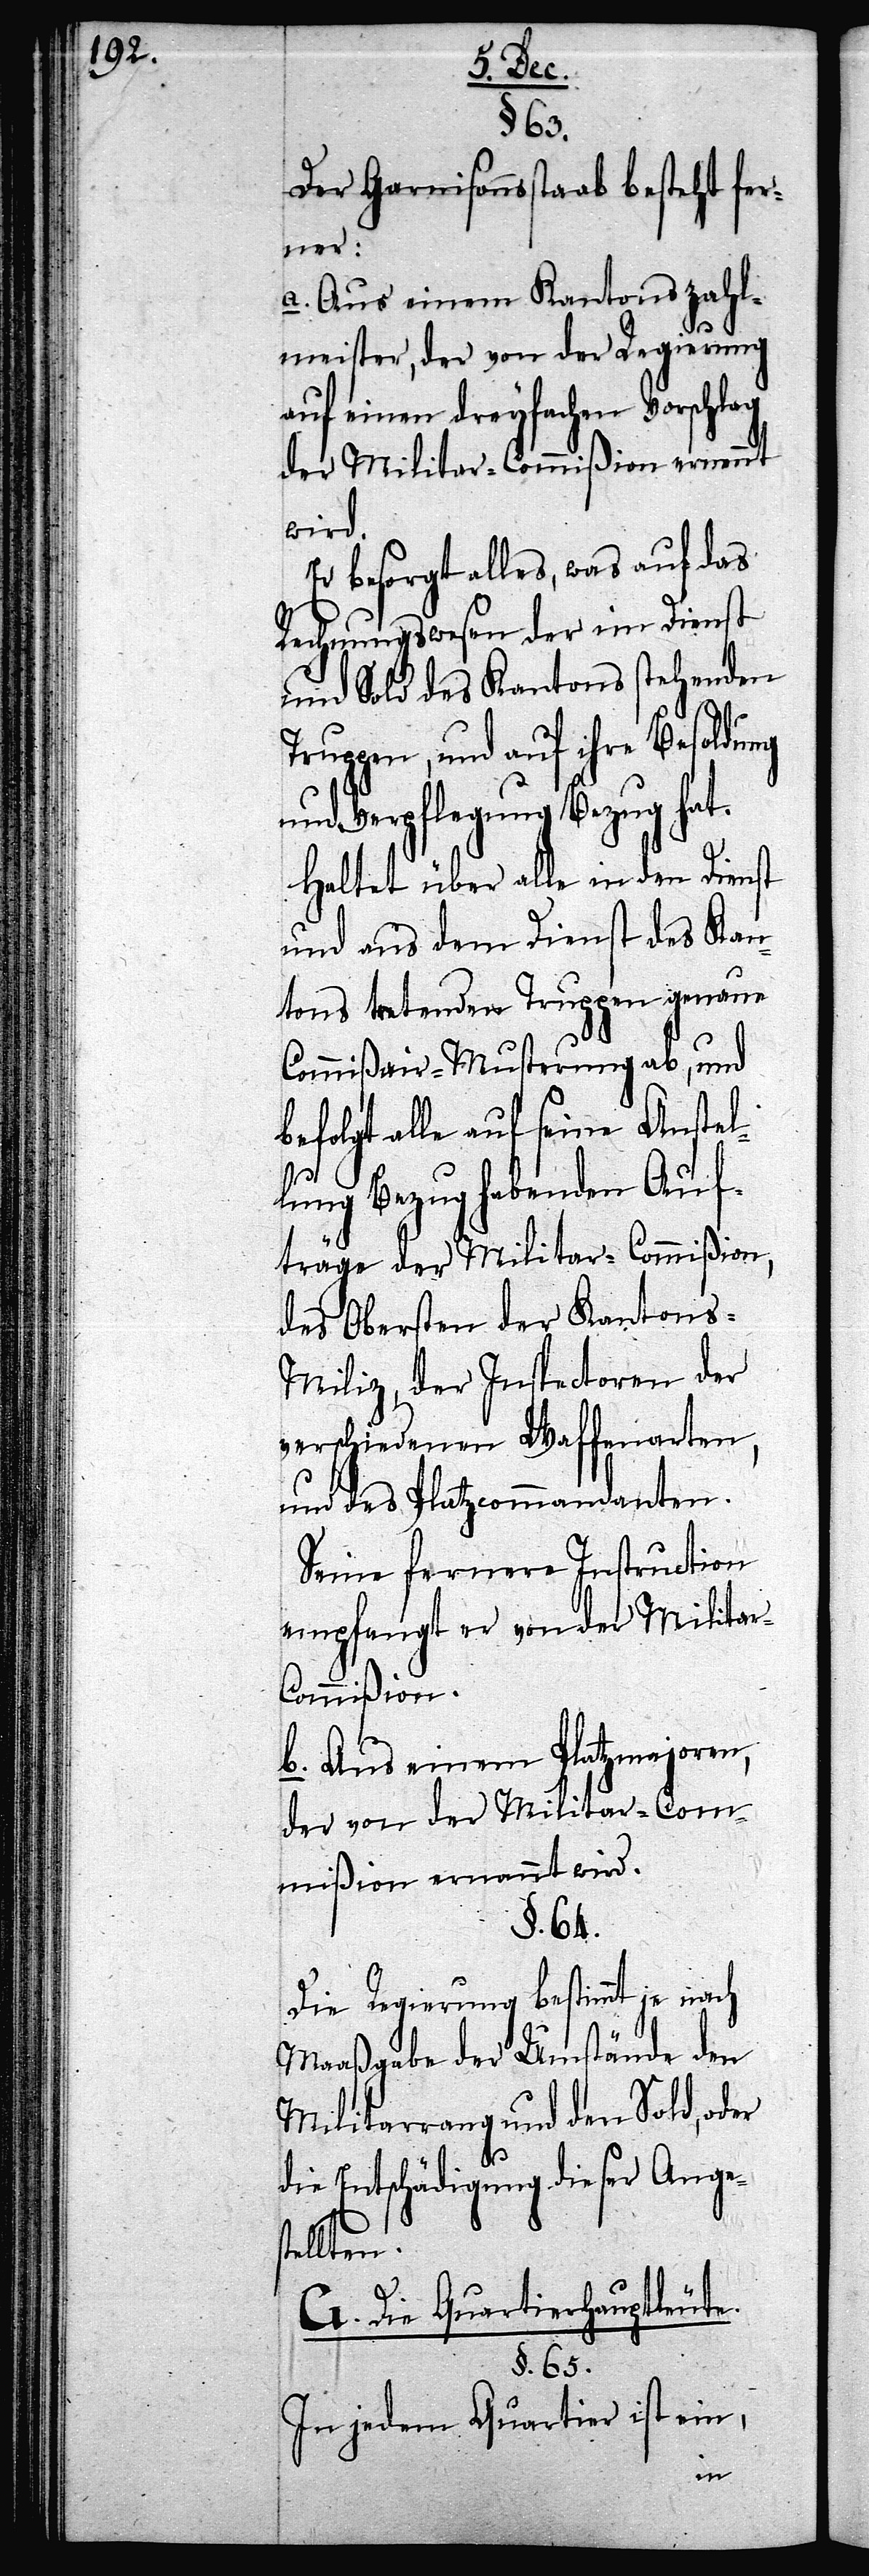
Der Garnisonsstaab besteht fer¬
ner:
a. Aus einem Kantonszahl¬
meister, der von der Regierung
auf einen dreyfachen Vorschlag
der Militar-Commißion ernennt
wird.
Er besorgt alles, was auf das
Rechnungswesen der im Dienst
und Sold des Kantons stehenden
Truppen, und auf ihre Besoldung
und Verpflegung Bezug hat.
Haltet über alle in den Dienst
und aus dem Dienst des Kan¬
tons tretende Truppen genaue
Commißair-Musterung ab, und
befolgt alle auf seine Anstel¬
lung Bezug habenden Auf¬
träge der Militar-Commißion,
des Obersten der Kantons-M¬
iliz, der Inspectoren der
verschiedenen Waffenarten,
und des Platzcommandanten.
Seine fernere Instruction
empfangt er von der Militar-C¬
ommißion.
b. Aus einem Platzmajoren,
der von der Militar-Com¬
mißion ernannt wird.
§. 64.
Die Regierung bestimmt je nach
Maaßgabe der Umstände den
Militarrang und den Sold, oder
die Entschädigung dieser Anges¬
tellten.
G. Die Quartierhauptleute.
§. 65.
In jedem Quartier ist ein,